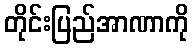
တိုင်းပြည်အာဏာကို